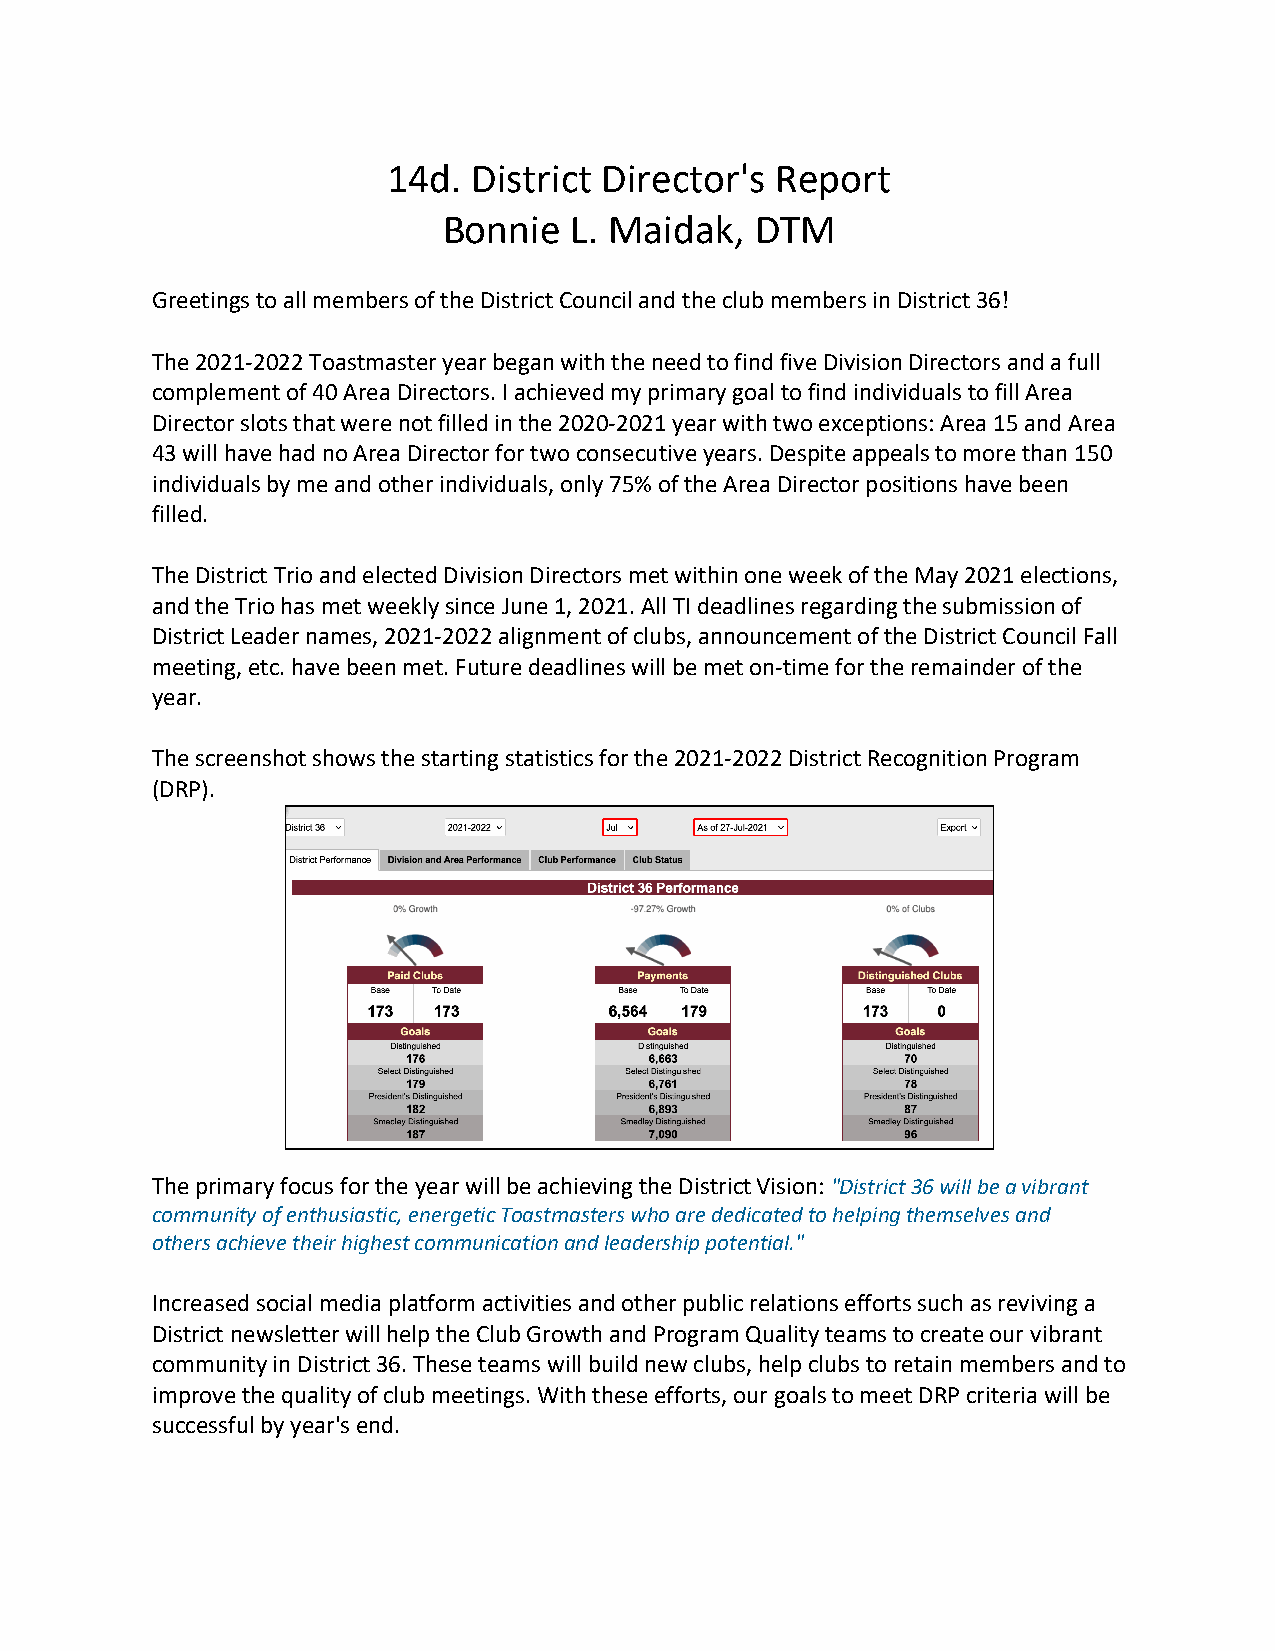
14d. District Director's Report
 Bonnie   L. Maidak,  DTM
 Greetings to all members of the District Council and the club members in District 36!
 The 2021-2022 Toastmaster year began with the need to find five Division Directors and a full
 complement of 40 Area Directors. I achieved my primary goal to find individuals to fill Area
 Director slots that were not filled in the 2020-2021 year with two exceptions: Area 15 and Area
 43 will have had no Area Director for two consecutive years. Despite appeals to more than 150
 individuals by me and other individuals, only 75% of the Area Director positions have been
 filled.
 The District Trio and elected Division Directors met within one week of the May 2021 elections,
 and the Trio has met weekly since June 1, 2021. All TI deadlines regarding the submission of
 District Leader names, 2021-2022 alignment of clubs, announcement of the District Council Fall
 meeting, etc. have been met. Future deadlines will be met on-time for the remainder of the
 year.
 The screenshot shows the starting statistics for the 2021-2022 District Recognition Program
 (DRP).
 The primary focus for the year will be achieving the District Vision: "District 36 will be a vibrant
 community of enthusiastic, energetic Toastmasters who are dedicated to helping themselves and
 others achieve their highest communication and leadership potential."
 Increased social media platform activities and other public relations efforts such as reviving a
 District newsletter will help the Club Growth and Program Quality teams to create our vibrant
 community in District 36. These teams will build new clubs, help clubs to retain members and to
 improve the quality of club meetings. With these efforts, our goals to meet DRP criteria will be
 successful by year's end.